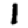
Digit: 1